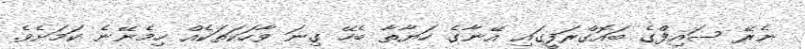
ނެރޭ ސައިފްގެ ބައޮގްރަފީގައި އޭނާގެ ހަޔާތާ ބެހޭ ގިނަ ވާހަކަތަކެއް ހިމެނޭނެ ކަމަށެވެ.